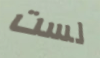
لست